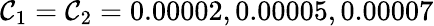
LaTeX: \mathcal{C}_{1}=\mathcal{C}_{2}=0.00002,0.00005,0.00007